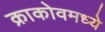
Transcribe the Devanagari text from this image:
क्राकोवमध्ये